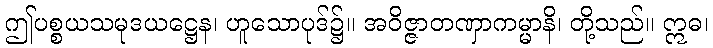
ဤပစ္စယသမုဒယဋ္ဌေန၊ ဟူသောပုဒ်၌။ အဝိဇ္ဇာတဏှာကမ္မာနိ၊ တို့သည်။ ဣဓ၊